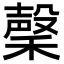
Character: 䅽